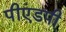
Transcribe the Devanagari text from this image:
पीएंडपी